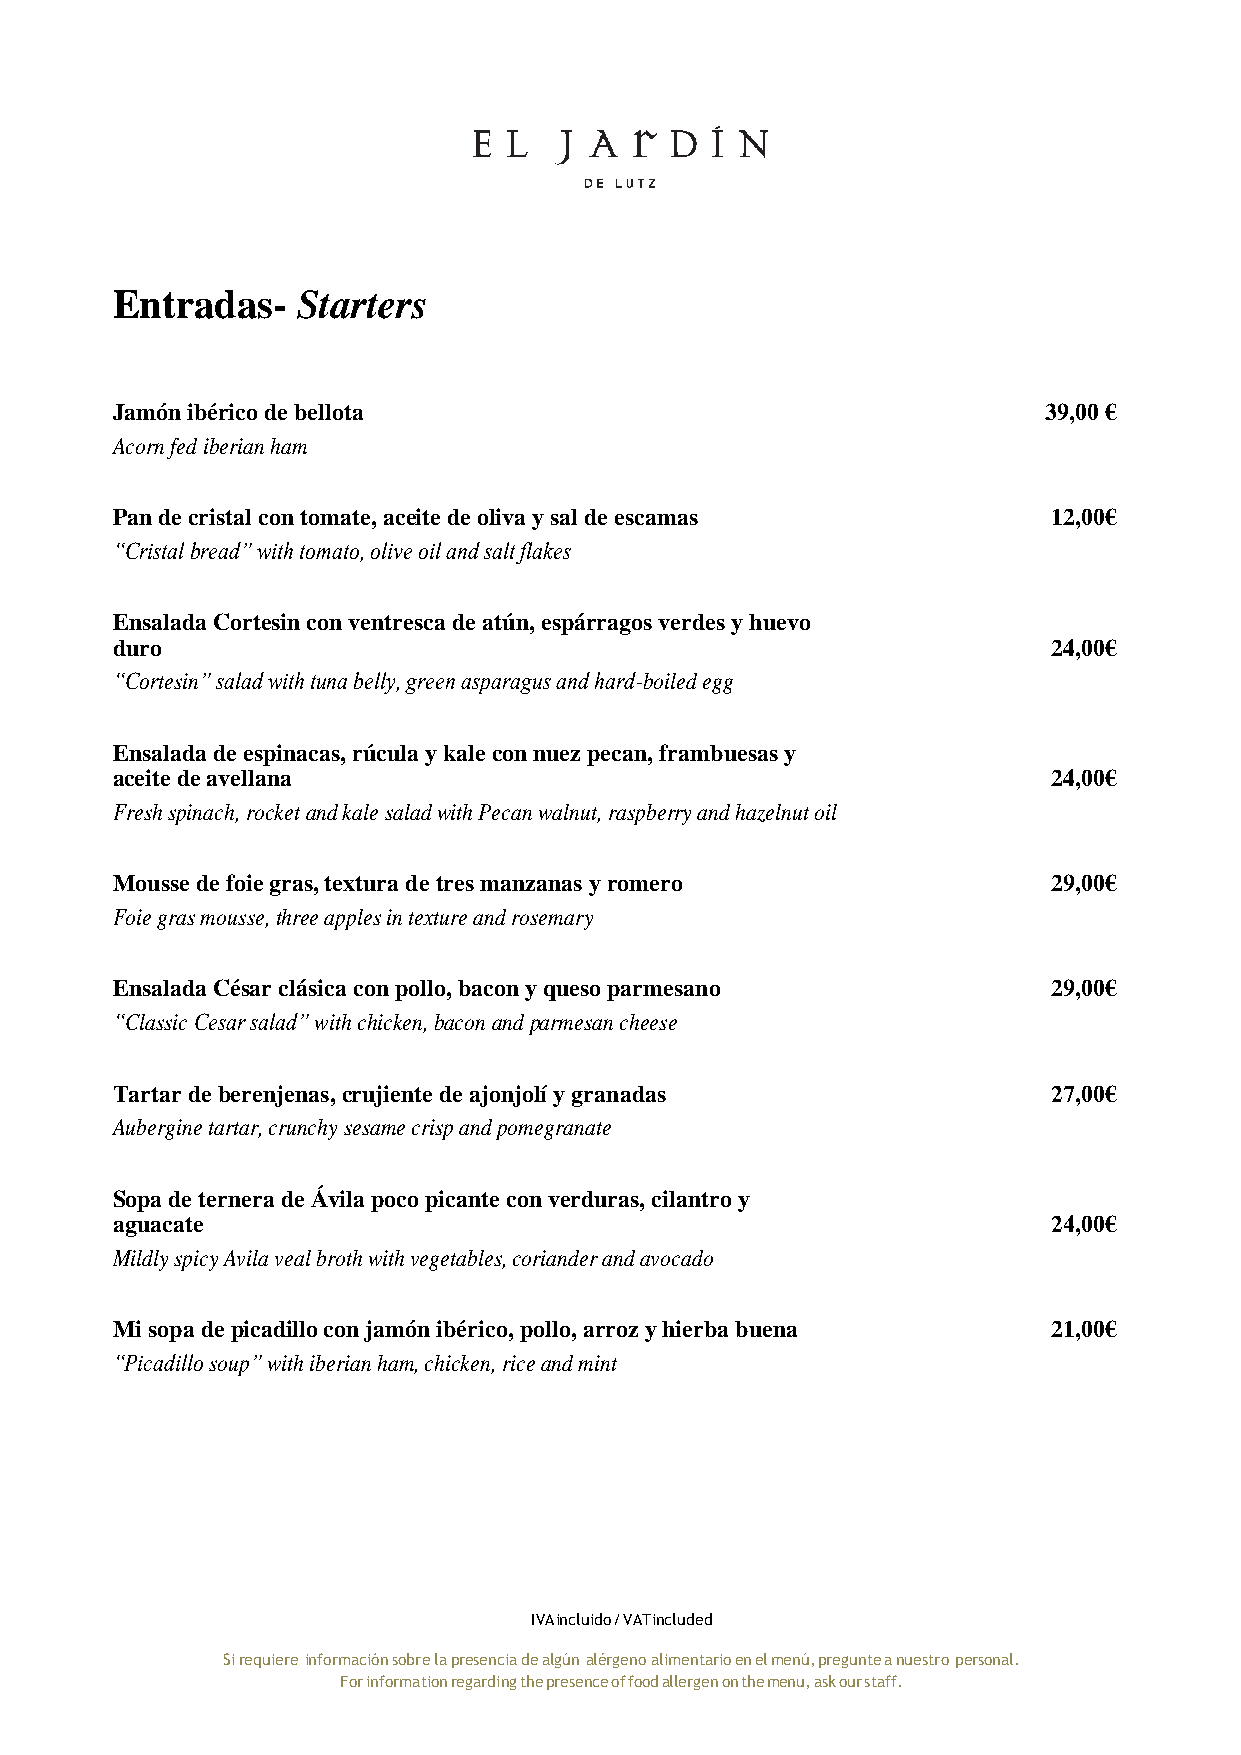
Entradas-    Starters
 Jamón ibérico de bellota                                      39,00 €
 Acorn fed iberian ham
 Pan de cristal con tomate, aceite de oliva y sal de escamas    12,00€
 “Cristal bread” with tomato, olive oil and salt flakes
 Ensalada Cortesin con ventresca de atún, espárragos verdes y huevo
 duro                                                           24,00€
 “Cortesin” salad with tuna belly, green asparagus and hard-boiled egg
 Ensalada de espinacas, rúcula y kale con nuez pecan, frambuesas y
 aceite de avellana                                             24,00€
 Fresh spinach, rocket and kale salad with Pecan walnut, raspberry and hazelnut oil
 Mousse de foie gras, textura de tres manzanas y romero         29,00€
 Foie gras mousse, three apples in texture and rosemary
 Ensalada César clásica con pollo, bacon y queso parmesano      29,00€
 “Classic Cesar salad” with chicken, bacon and parmesan cheese
 Tartar de berenjenas, crujiente de ajonjolí y granadas         27,00€
 Aubergine tartar, crunchy sesame crisp and pomegranate
 Sopa de ternera de Ávila poco picante con verduras, cilantro y
 aguacate                                                       24,00€
 Mildly spicy Avila veal broth with vegetables, coriander and avocado
 Mi sopa de picadillo con jamón ibérico, pollo, arroz y hierba buena 21,00€
 “Picadillo soup” with iberian ham, chicken, rice and mint
 IVA incluido / VAT included
 Si requiere información sobre la presencia de algún alérgeno alimentario en el menú, pregunte a nuestro personal.
 For information regarding the presence of food allergen on the menu, ask our staff.